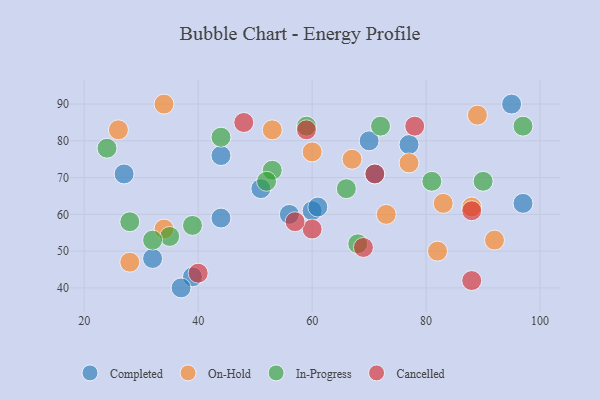
{"axis": {"x": "GDP", "y": "Life Expectancy"}, "legend": ["Cancelled", "Completed", "In-Progress", "On-Hold"], "data": [{"x": "60", "y": 61, "type": "Completed"}, {"x": "39", "y": 43, "type": "Completed"}, {"x": "51", "y": 67, "type": "Completed"}, {"x": "32", "y": 48, "type": "Completed"}, {"x": "95", "y": 90, "type": "Completed"}, {"x": "44", "y": 59, "type": "Completed"}, {"x": "27", "y": 71, "type": "Completed"}, {"x": "56", "y": 60, "type": "Completed"}, {"x": "37", "y": 40, "type": "Completed"}, {"x": "71", "y": 71, "type": "Completed"}, {"x": "70", "y": 80, "type": "Completed"}, {"x": "97", "y": 63, "type": "Completed"}, {"x": "61", "y": 62, "type": "Completed"}, {"x": "77", "y": 79, "type": "Completed"}, {"x": "44", "y": 76, "type": "Completed"}, {"x": "73", "y": 60, "type": "On-Hold"}, {"x": "92", "y": 53, "type": "On-Hold"}, {"x": "88", "y": 62, "type": "On-Hold"}, {"x": "89", "y": 87, "type": "On-Hold"}, {"x": "28", "y": 47, "type": "On-Hold"}, {"x": "34", "y": 56, "type": "On-Hold"}, {"x": "67", "y": 75, "type": "On-Hold"}, {"x": "53", "y": 83, "type": "On-Hold"}, {"x": "34", "y": 90, "type": "On-Hold"}, {"x": "60", "y": 77, "type": "On-Hold"}, {"x": "83", "y": 63, "type": "On-Hold"}, {"x": "26", "y": 83, "type": "On-Hold"}, {"x": "82", "y": 50, "type": "On-Hold"}, {"x": "77", "y": 74, "type": "On-Hold"}, {"x": "35", "y": 54, "type": "In-Progress"}, {"x": "24", "y": 78, "type": "In-Progress"}, {"x": "39", "y": 57, "type": "In-Progress"}, {"x": "97", "y": 84, "type": "In-Progress"}, {"x": "90", "y": 69, "type": "In-Progress"}, {"x": "53", "y": 72, "type": "In-Progress"}, {"x": "66", "y": 67, "type": "In-Progress"}, {"x": "59", "y": 84, "type": "In-Progress"}, {"x": "81", "y": 69, "type": "In-Progress"}, {"x": "44", "y": 81, "type": "In-Progress"}, {"x": "52", "y": 69, "type": "In-Progress"}, {"x": "32", "y": 53, "type": "In-Progress"}, {"x": "28", "y": 58, "type": "In-Progress"}, {"x": "68", "y": 52, "type": "In-Progress"}, {"x": "72", "y": 84, "type": "In-Progress"}, {"x": "69", "y": 51, "type": "Cancelled"}, {"x": "59", "y": 83, "type": "Cancelled"}, {"x": "88", "y": 42, "type": "Cancelled"}, {"x": "60", "y": 56, "type": "Cancelled"}, {"x": "57", "y": 58, "type": "Cancelled"}, {"x": "48", "y": 85, "type": "Cancelled"}, {"x": "71", "y": 71, "type": "Cancelled"}, {"x": "78", "y": 84, "type": "Cancelled"}, {"x": "88", "y": 61, "type": "Cancelled"}, {"x": "40", "y": 44, "type": "Cancelled"}]}